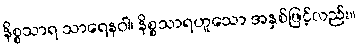
နိစ္စသာရ သာရေနဝါ၊ နိစ္စသာရဟူသော အနှစ်ဖြင့်လည်း။